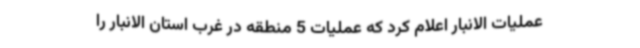
عملیات الانبار اعلام کرد که عملیات 5 منطقه در غرب استان الانبار را